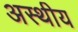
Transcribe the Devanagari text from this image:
अस्थीय